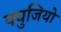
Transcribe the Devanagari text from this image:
फ्युजियो